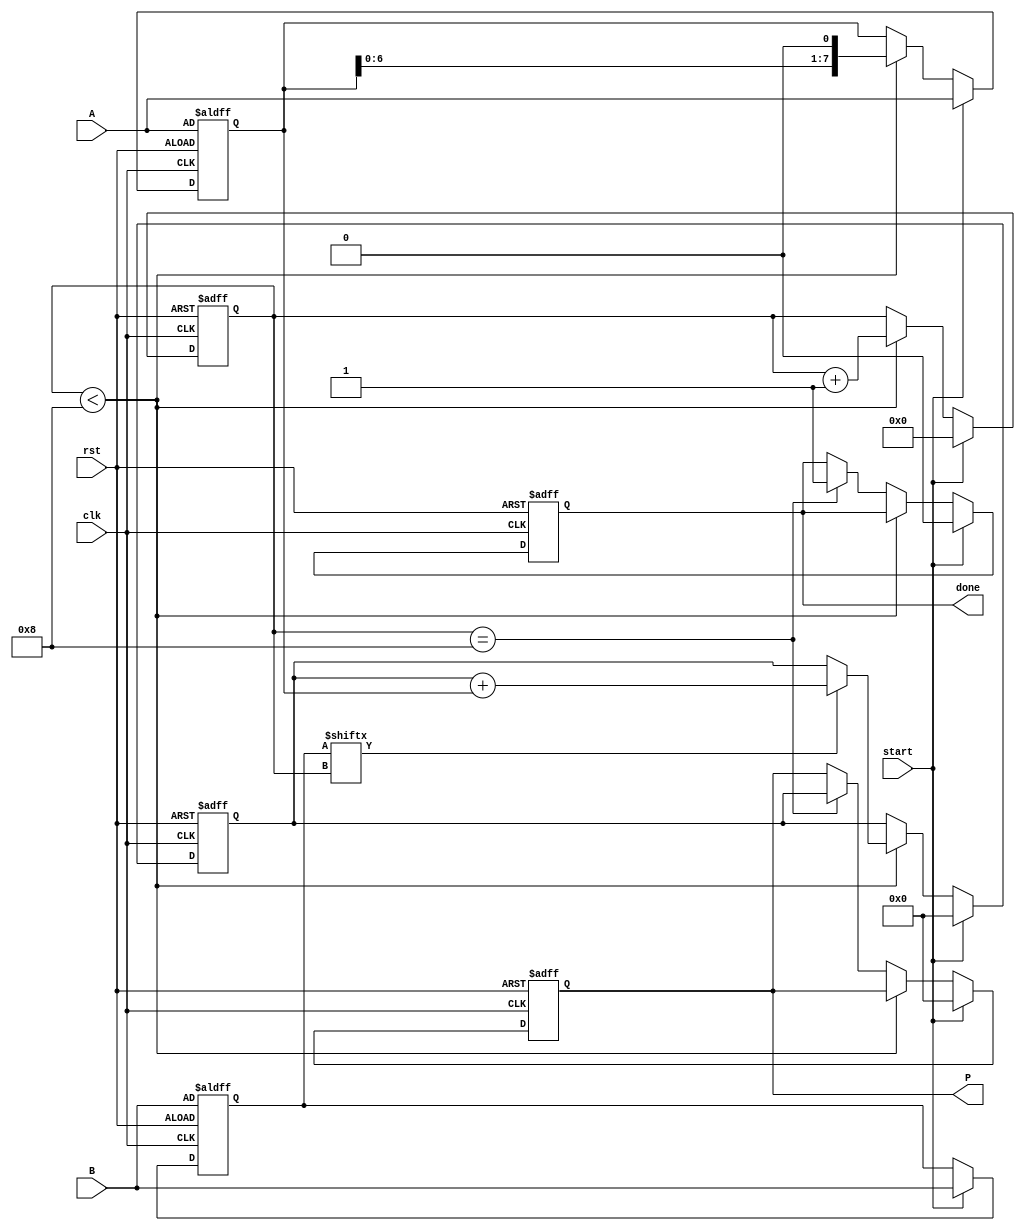
module radix2_multiplier #(parameter n = 8) (
    input wire [n-1:0] A,        // Multiplicand
    input wire [n-1:0] B,        // Multiplier
    input wire start,             // Control signal to start multiplication
    input wire clk,               // Clock signal
    input wire rst,               // Reset signal
    output reg [2*n-1:0] P,       // Product
    output reg done               // Indicates multiplication is complete
);

    reg [n-1:0] A_shifted;        // Shifted version of A
    reg [n-1:0] B_reg;            // Register for B
    reg [2*n-1:0] partial_sum;    // Accumulator for the product
    reg [3:0] count;              // Counter for the number of bits processed

    // State machine for multiplication
    always @(posedge clk or posedge rst) begin
        if (rst) begin
            P <= 0;
            partial_sum <= 0;
            A_shifted <= A;
            B_reg <= B;
            count <= 0;
            done <= 0;
        end else if (start) begin
            // Reset on start signal
            P <= 0;
            partial_sum <= 0;
            A_shifted <= A;
            B_reg <= B;
            count <= 0;
            done <= 0;
        end else if (count < n) begin
            // Check the current bit of B
            if (B_reg[count]) begin
                // If the bit is 1, add the shifted A to the partial sum
                partial_sum <= partial_sum + A_shifted;
            end
            
            // Shift A left for the next bit
            A_shifted <= A_shifted << 1;
            // Increment the count
            count <= count + 1;
        end else if (count == n) begin
            // Finalize the product
            P <= partial_sum;
            done <= 1; // Indicate that multiplication is done
        end
    end
endmodule